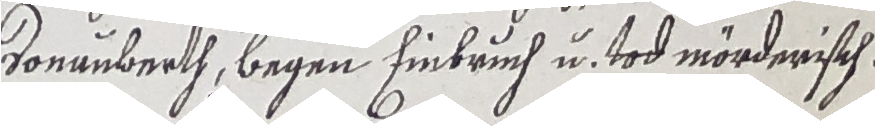
Sonanberth, begen Einbruch u. tod mörderisch.